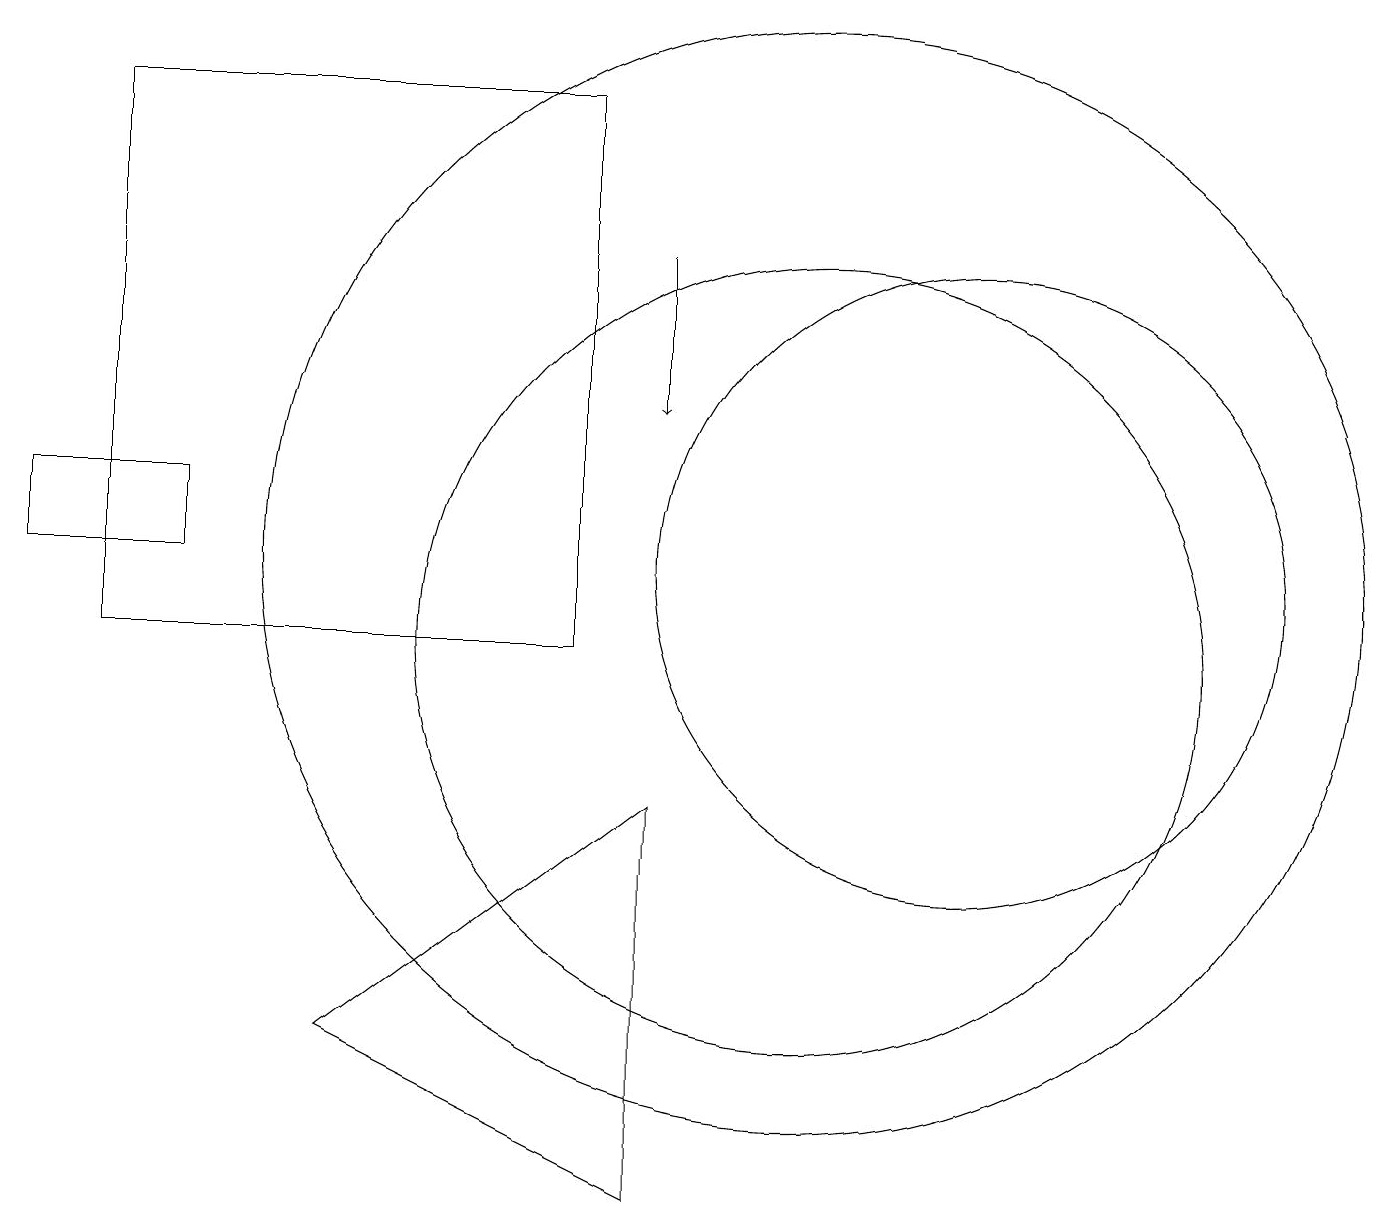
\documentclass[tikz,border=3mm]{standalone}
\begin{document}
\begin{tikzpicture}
\draw[->] (8,15) -- (8,13);
\draw (12,11) circle (4);
\draw (10,10) circle (5);
\draw (4,5) -- (8,8) -- (8,3) -- cycle;
\draw (0,11) rectangle (2,12);
\draw (10,11) circle (7);
\draw (1,17) rectangle (7,10);
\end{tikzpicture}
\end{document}